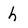
Character: h